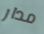
مدار